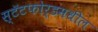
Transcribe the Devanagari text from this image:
स्टॅटफोर्डमधील